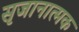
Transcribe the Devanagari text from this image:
सृजानात्मक